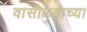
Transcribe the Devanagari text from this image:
वासोळ्याच्या